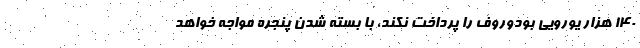
140 هزار یورویی بودوروف را پرداخت نکند، با بسته شدن پنجره مواجه خواهد